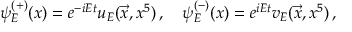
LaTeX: \psi _ { E } ^ { ( + ) } ( x ) = e ^ { - i E t } u _ { E } ( \vec { x } , x ^ { 5 } ) \, , \quad \psi _ { E } ^ { ( - ) } ( x ) = e ^ { i E t } v _ { E } ( \vec { x } , x ^ { 5 } ) \, ,